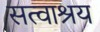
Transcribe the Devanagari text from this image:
सत्वाश्रय